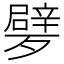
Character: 𣩩